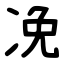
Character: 凂